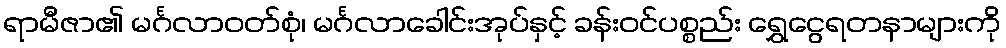
ရာမီဇာ၏ မင်္ဂလာဝတ်စုံ၊ မင်္ဂလာခေါင်းအုပ်နှင့် ခန်းဝင်ပစ္စည်း ရွှေငွေရတနာများကို